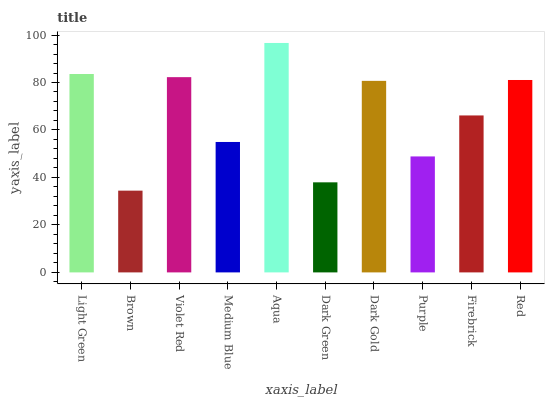
| xaxis_label | bars |
 | --- | --- |
 | Light Green | 83.6 |
 | Brown | 34.4 |
 | Violet Red | 82.3 |
 | Medium Blue | 54.9 |
 | Aqua | 96.7 |
 | Dark Green | 37.9 |
 | Dark Gold | 80.7 |
 | Purple | 48.9 |
 | Firebrick | 66.1 |
 | Red | 81.1 |